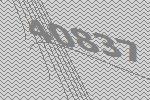
40837